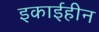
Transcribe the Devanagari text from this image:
इकाईहीन